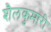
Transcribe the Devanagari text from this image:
शैलकुमारी